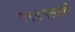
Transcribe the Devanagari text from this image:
१९९१साली